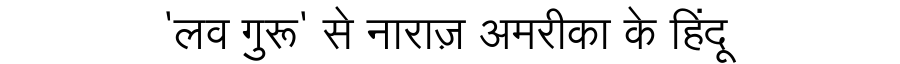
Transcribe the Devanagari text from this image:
'लव गुरू' से नाराज़ अमरीका के हिंदू